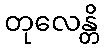
တုလေန္တိ